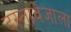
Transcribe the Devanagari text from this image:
दस्तावेजाला